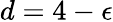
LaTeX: d=4-\epsilon